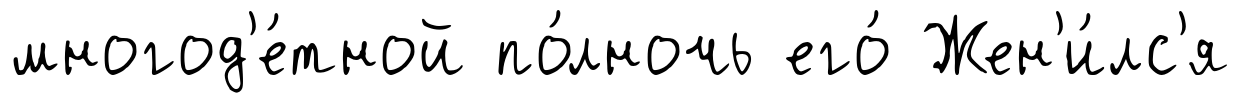
многод'е́тной по́лночь его́ Жен'и́лс'я